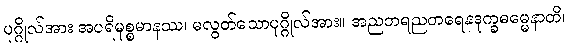
ပုဂ္ဂိုလ်အား အပရိမုစ္စမာနဿ၊ မလွတ်သောပုဂ္ဂိုလ်အား။ အညတရညတရေနဒုက္ခဓမ္မေနာတိ၊